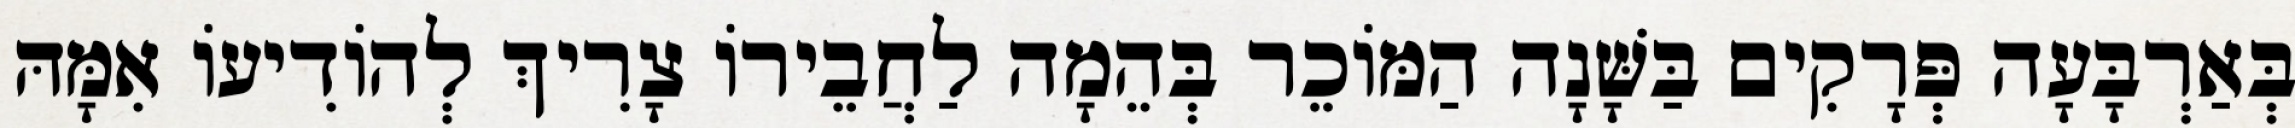
בְּאַרְבָּעָה פְּרָקִים בַּשָּׁנָה הַמּוֹכֵר בְּהֵמָה לַחֲבֵירוֹ צָרִיךְ לְהוֹדִיעוֹ אִמָּהּ